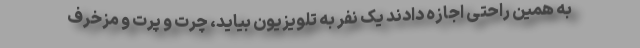
به همین راحتی اجازه دادند یک نفر به تلویزیون بیاید، چرت و پرت و مزخرف